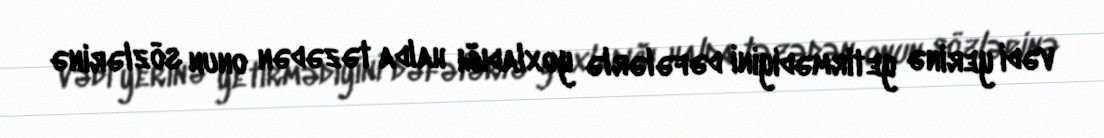
vədi yerinə yetirmədiyini dəfələrlə yoxladığı halda təzədən onun sözlərinə